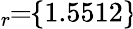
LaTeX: \! \! \! \overline{{\epsilon}}_{r}\! \! =\! \! \{ 1.5512\} \!